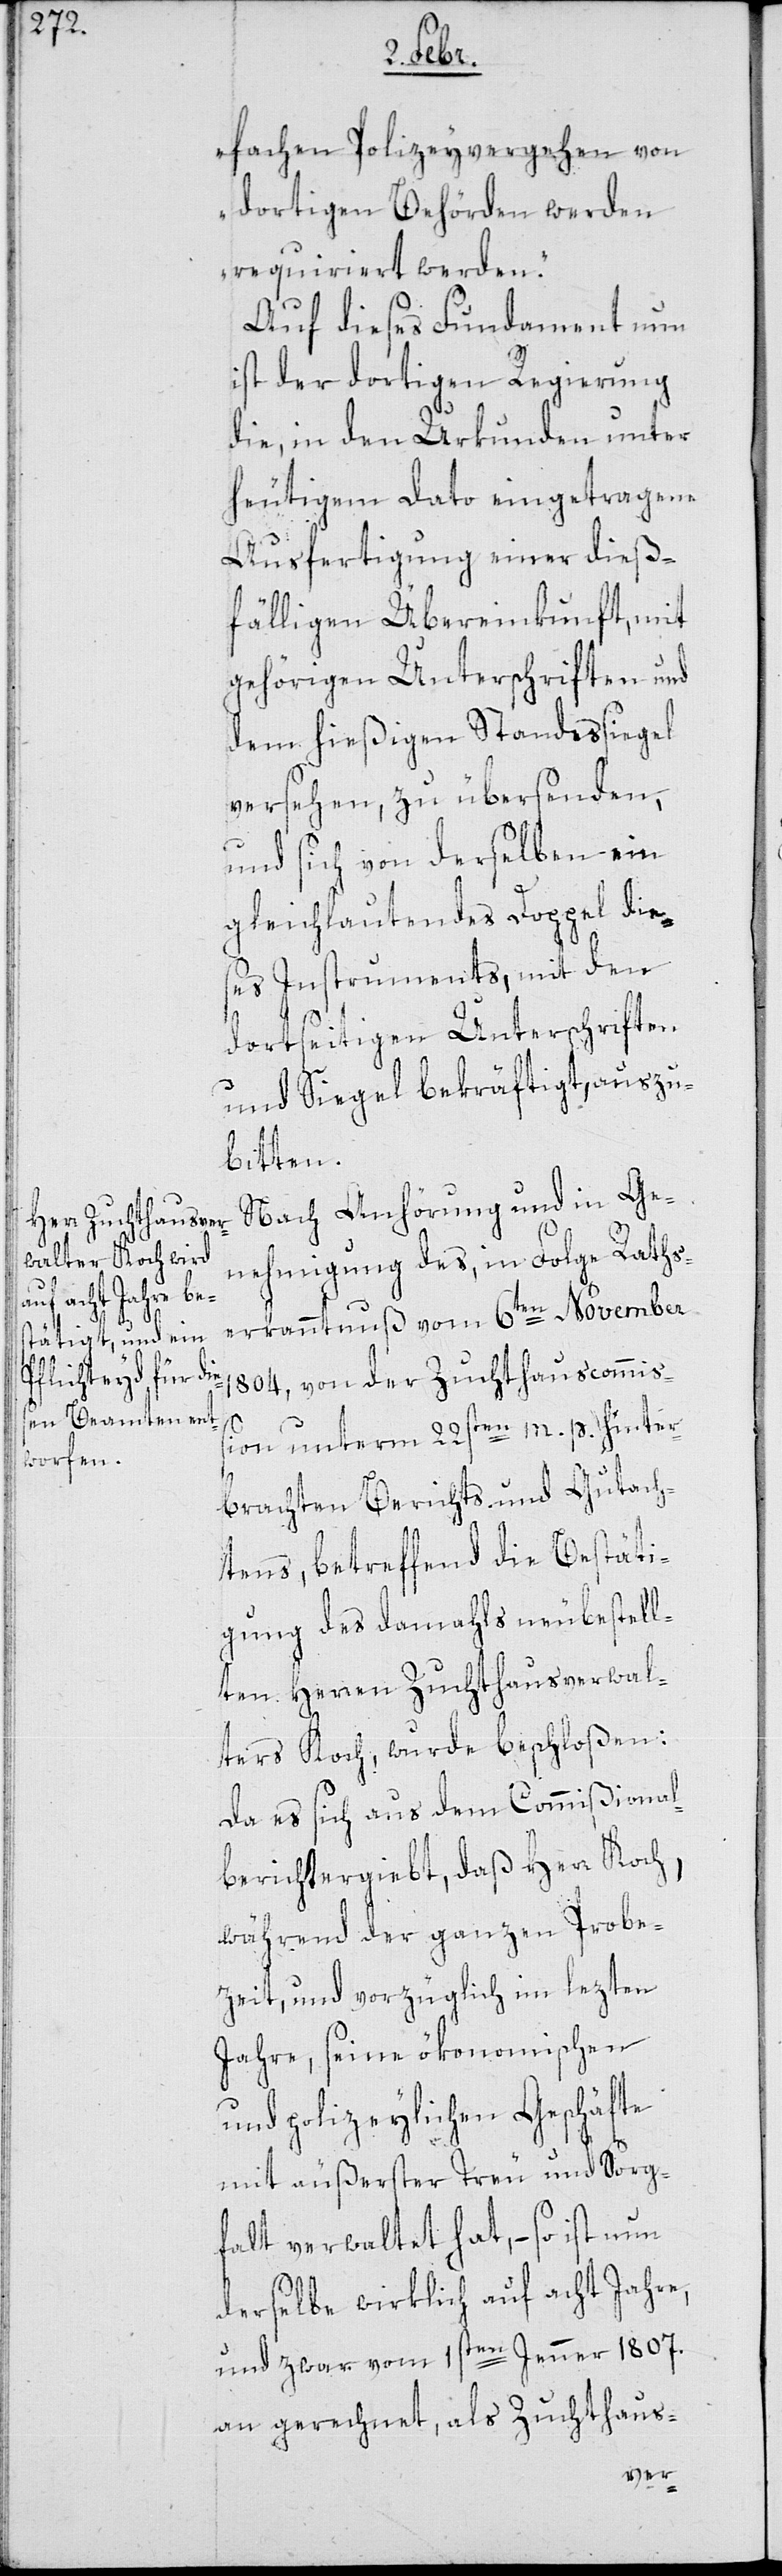
fachen Polizeyvergehen von
dortigen Behörden werden
requiriert werden.“
Auf dieses Fundament nun
ist der dortigen Regierung
die, in den Urkunden unter
heutigem Dato eingetragene
Ausfertigung einer dieß¬
fälligen Übereinkunft, mit
gehörigen Unterschriften und
dem hießigen Standessiegel
versehen, zu übersenden,
und sich von derselben ein
gleichlautendes Doppel die¬
ses Instruments, mit den
dortseitigen Unterschriften
und Siegel bekräftigt, auszu¬
bitten.
Nach Anhörung und in Ge¬
nehmigung des in Folge Raths¬
erkanntnuß vom 6ten November
1804, von der Zuchthauscommiß¬
ion unterm 22sten m: p. hinter¬
brachten Berichts und Gutach¬
tens, betreffend die Bestäti¬
gung des damahls neu bestell¬
ten Herren Zuchthausverwal¬
ters Koch, wurde beschloßen:
Da es sich aus dem Commißional¬
bericht ergiebt, daß Herr Koch,
während der ganzen Probe¬
zeit, und vorzüglich im lezten
Jahre, seine ökonomischen
und polizeylichen Geschäfte
mit äußerster Treu und Sorg¬
falt verwaltet hat, – so ist nun
derselbe wirklich auf acht Jahre,
und zwar vom 1sten Jenner 1807.
an gerechnet, als Zuchthaus-